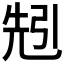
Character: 𠒒